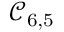
\mathcal { C } _ { 6 , 5 }